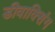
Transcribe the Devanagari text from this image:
डीवाक्सिंग